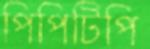
পিপিটিপি